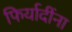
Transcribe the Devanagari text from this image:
फिर्यादींना